Sketch of the medical history of the native army of Bombay, for the year
Year: 1876
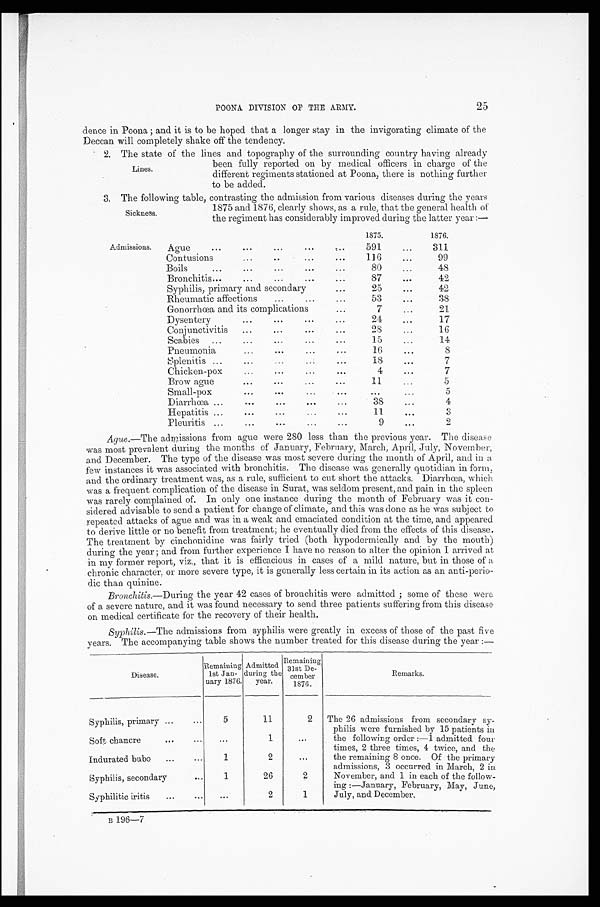
POONA. DIVISION OP THE ARMY.
dence in Poona ; and it is to be hoped that a longer stay in the invigorating climate of the
Deccan will completely shake off the tendency.
2. The state of the lines and topography of the surrounding country having already
been fully reported on by medical officers in charge of the
different regiments stationed at Poona, there is nothing further
to be added.
3. The following table, contrasting the admission from various diseases during the years
Lines.
Sickness.
Admissions.
1875 and 1876, clearly shows, as a rule, that the general health of
the regiment has considerably improved during the latter year :—
1875.
1876.
Ague
. . .
...
...
. . .
...
591
. . .
311
Contusion
...
. . .
. . .
. . .
116
. . .
99
Boils
...
...
...
. . .
. . .
80
...
48
Bronchitis...
...
...
...
...
87
. . .
42
Syphilis, primary and secondary
...
2 5
. . .
42
Rheumatic affections
. . .
. . .
. . .
53
...
38
Gonorrhœa and its complication
...
7
. . .
21
Dysentery
...
...
. . .
...
2 4
. . .
17
Conjunctivitis
...
...
...
...
28
...
...
16
Scabies ...
...
...
...
...
15
...
14
Pneumonia
...
. . .
...
...
16
. . .
8
Splenitis
. . .
. . .
. . .
. . .
. . .
18
...
7
Chicken-pox
...
...
...
...
4
...
7
Brow ague
. . .
. . .
. . .
. . .
11
. . .
5
Small-pox
...
..
...
. . .
...
...
5
Diarrhœa ...
...
...
. . .
...
38
...
4
Hepatitis ...
. . .
...
...
...
11
. . .
3
pleuritis ...
. . .
...
...
. . .
9
...
2
Ague .—The admissions from ague were 280 less than the previous year. The disease
was most prevalent during the months of January, February, March, April, July, November,
and December. The type of the disease was most severe during the month of April, and in a
few instances it was associated with bronchitis. The disease was generally quotidian in form
, and the ordinary treatment was, as a rule, sufficient to cut short the attacks. Diarrhœa, which
was a frequent complication of the disease in Surat, was seldom present, and pain in the spleen
was rarely complained of. In only one instance during the month of February was it con-
sidered advisable to send. a patient for change of climate, and this was done as he was subject to
repeated attacks of ague and was in a weak and emaciated condition at the time, and appeared
to derive little or no benefit from treatment; he eventually died from the effects of this disease.
The treatment by cinchonidine was fairly tried (both hypodermically and by the mouth)
during the year ; and from further experience I have no reason to alter the opinion I arrived at
in my former report, viz., that it is efficacious in cases of a mild nature, but in those of a
chronic character, or more severe type, it is generally less certain in its action as an anti-perio-
dic than quinine.
Bronchitis.—During the year 42 cases of bronchitis were admitted ; some of these were
of a severe nature, and it was found necessary to send three patients suffering from this disease
on medical certificate for the recovery of their health,
Syphilis.—The admissions from syphilis were greatly in excess of those of the past five
y ears. The accompanying table shows the number treated for this disease during the year :—
Disease.
Remaining
1st Jan-
uary 1876.
Admitted
during the
year.
Remaining
31st December
1876.
Remarks.
Syphilis,primary ...
...
5
11
2
The 26 admissions from secondary sy-
philis were furnished by 15 patients in
the following order :—1 admitted four
times, 2 three times, 4 twice, and the
the remaining 8 once. Of the Primary
admissions, 3 occurred in March, 2 in
November, and 1 in each of the follow-
ing :—January, February, May, June,
July, and December.
Soft chancre
...
...
...
1
. . .
Indurated bubo
...
...
1
2
...
Syphilis, secondary
...
1
26
2
Syphilitic iritis
...
. . .
. . .
2
1
B1
9 6 — 7